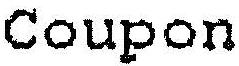
COUPON